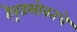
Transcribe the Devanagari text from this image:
हेवूडसोबतचे